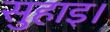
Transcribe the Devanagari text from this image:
सुहाइ।